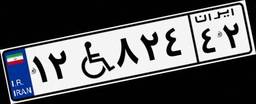
۱۲W۸۲۴۴۲